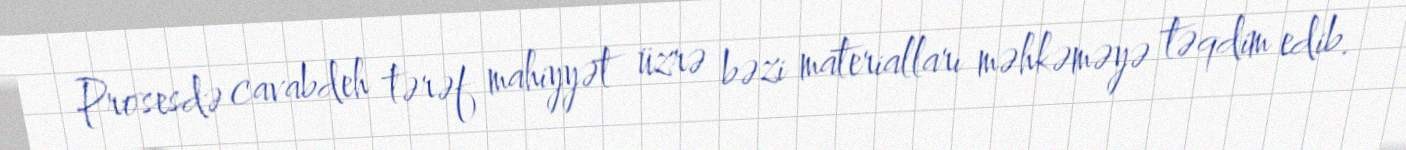
Prosesdə cavabdeh tərəf mahiyyət üzrə bəzi materialları məhkəməyə təqdim edib.